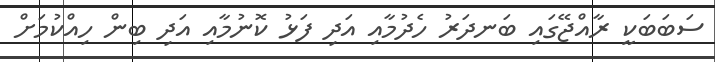
ސަބަބަކީ ރާއްޖޭގައި ބަނދަރު ހެދުމާއި އަދި ފަޅު ކޮނުމާއި އަދި ބިން ހިއްކުމަށް